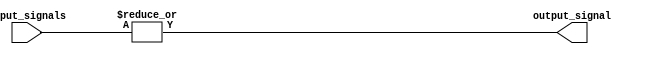
module OR_gate(
    input [31:0] input_signals,
    output output_signal
);

assign output_signal = |input_signals;

endmodule